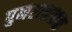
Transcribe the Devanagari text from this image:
पुनरावत्र्तक